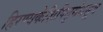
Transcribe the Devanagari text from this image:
हिरण्यकेशिपितृमेधसूत्र